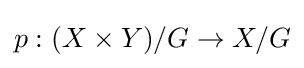
p:(X\times Y)/G\to X/G